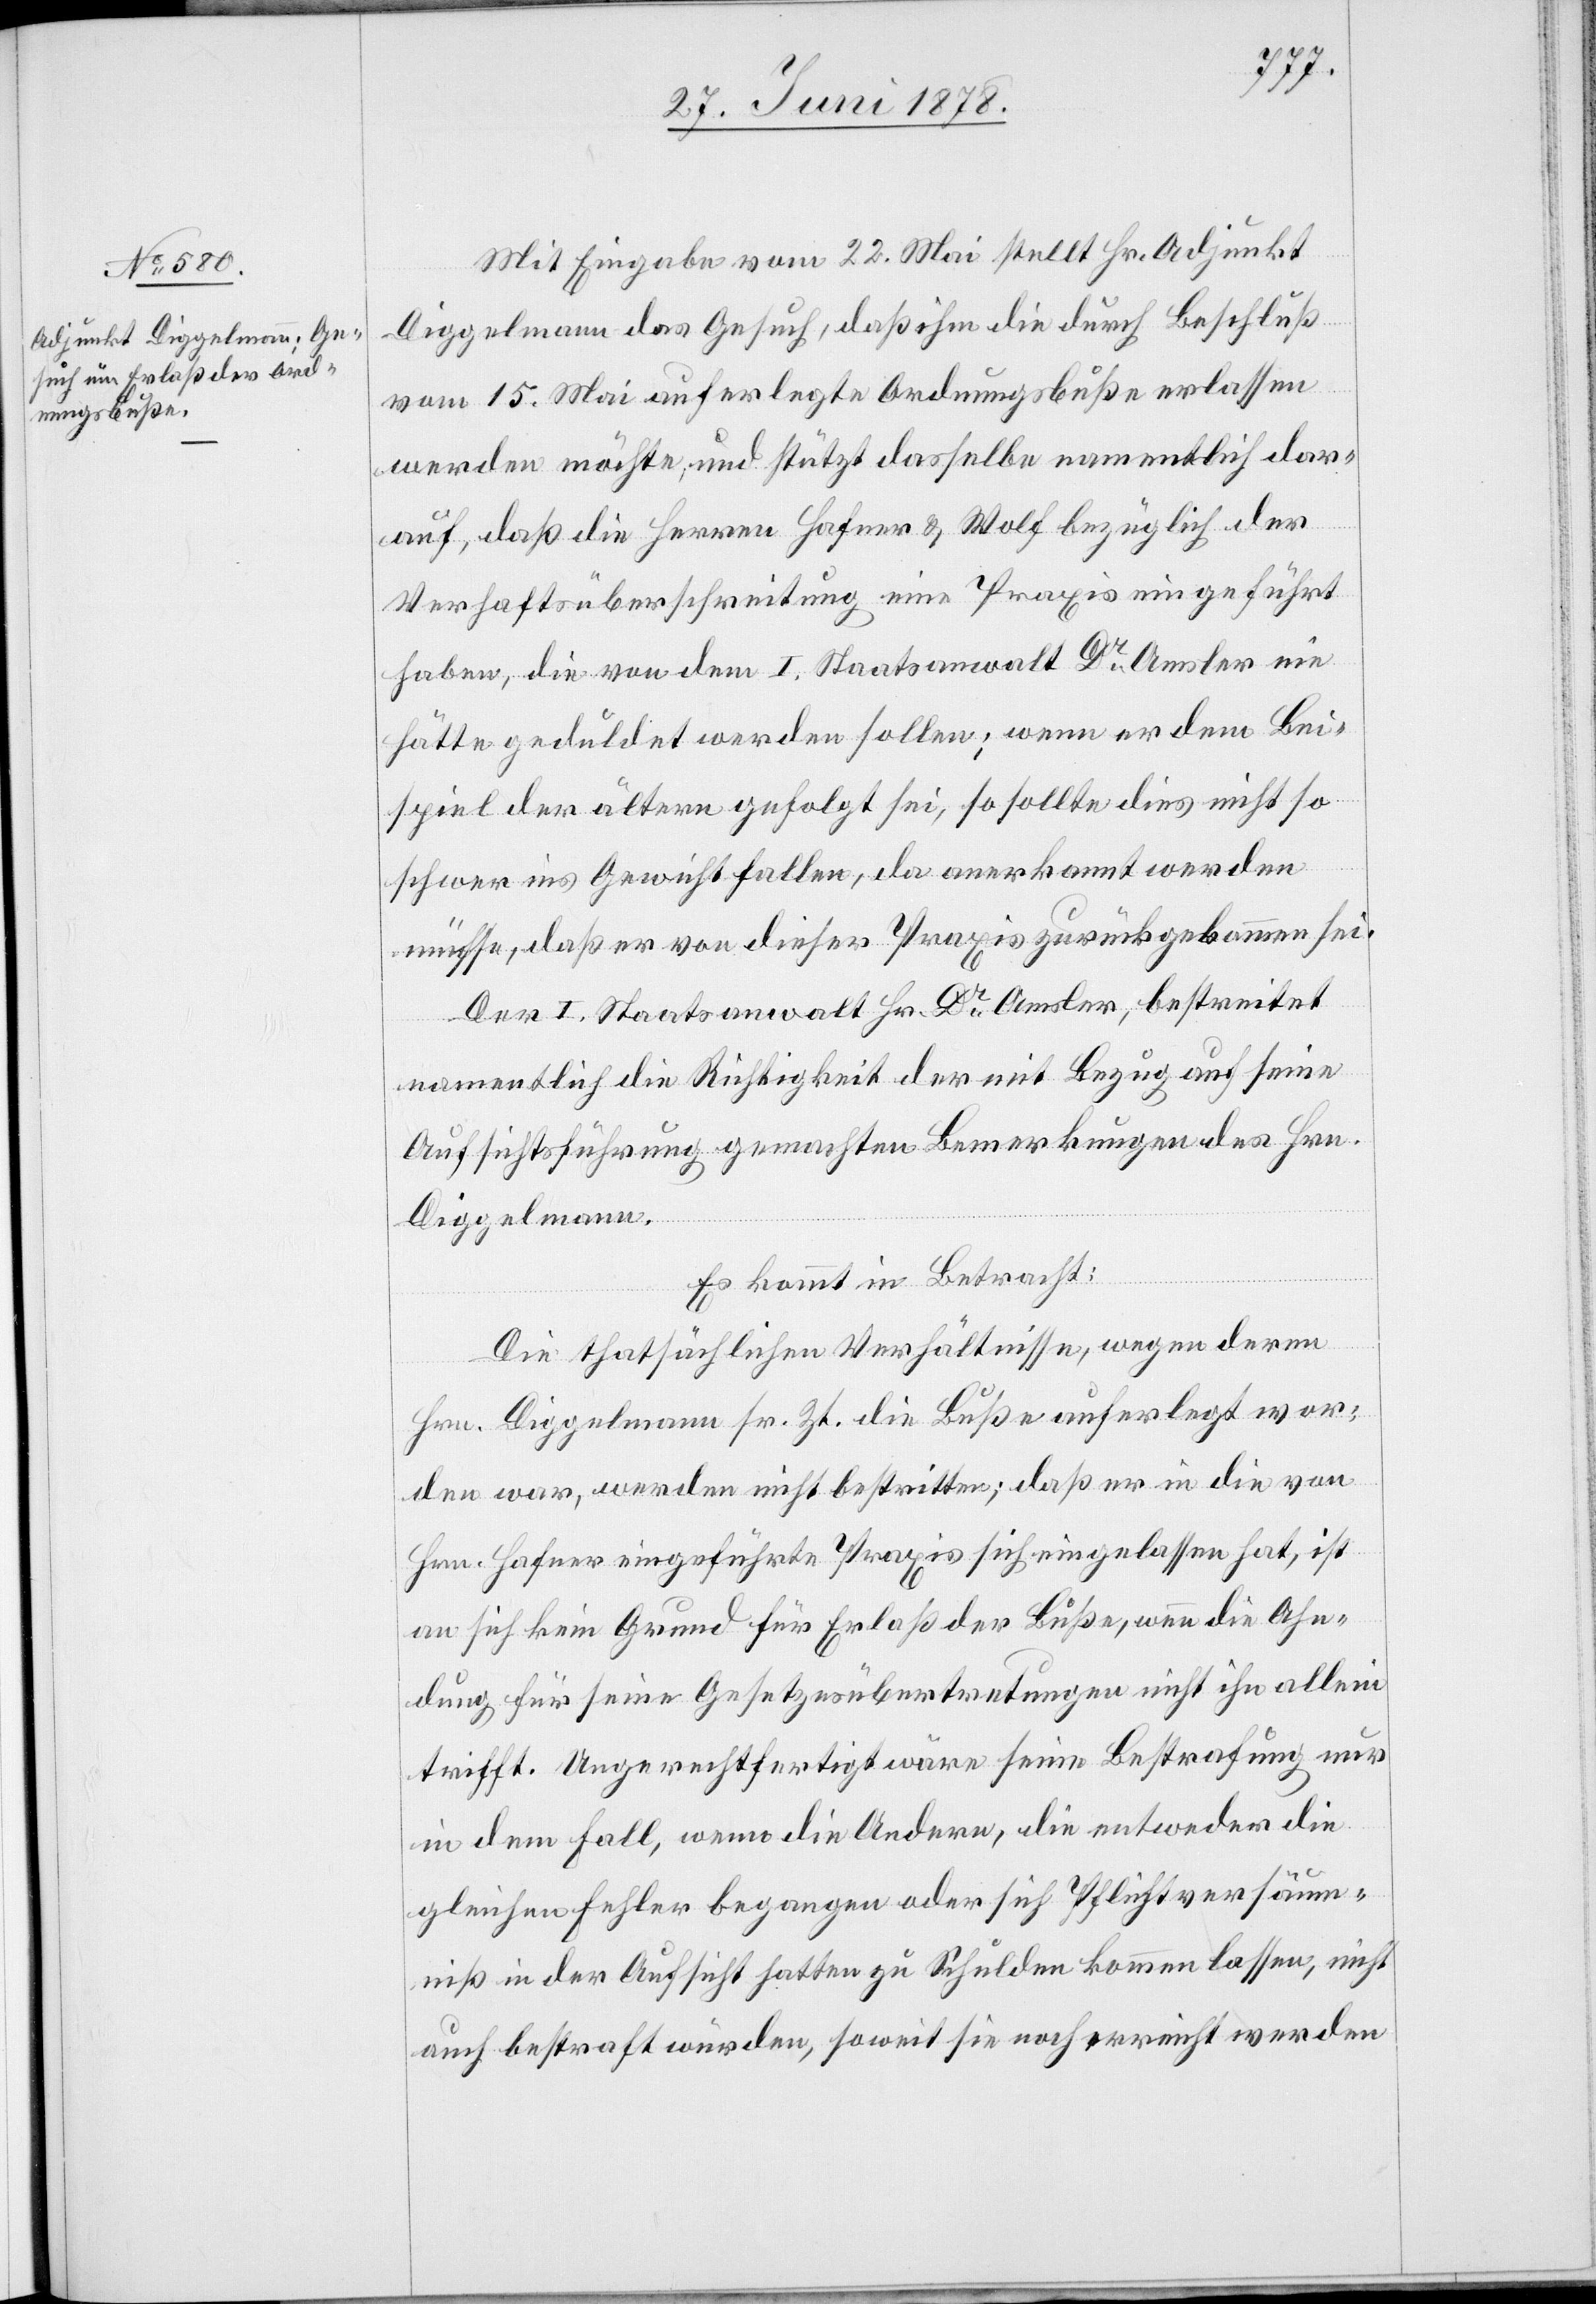
Mit Eingabe vom 22. Mai stellt Hr. Adjunkt
Diggelmann das Gesuch, daß ihm die durch Beschluß
vom 15. Mai auferlegte Ordnungsbuße erlassen
werden möchte, und stützt dasselbe namentlich dar¬
auf, daß die Herren Hafner & Wolf bezüglich der
Verhaftsüberschreitung eine Praxis eingeführt
haben, die von dem I. Staatsanwalt Dr Amsler nie
hätte geduldet werden sollen; wenn er dem Bei¬
spiel der ältern gefolgt sei, so sollte dies nicht so
schwer ins Gewicht fallen, da anerkannt werden
müsse, daß er von dieser Praxis zurückgekommen sei.
Der I. Staatsanwalt Hr. Dr Amsler, bestreitet
namentlich die Richtigkeit der mit Bezug auf seine
Aufsichtsführung gemachten Bemerkungen des Hrn.
Diggelmann.
Es kommt in Betracht:
Die thatsächlichen Verhältnisse, wegen deren
Hrn. Diggelmann sr. Zt. die Buße auferlegt wor¬
den war, werden nicht bestritten; daß er in die von
Hrn. Hafner eingeführte Praxis sich eingelassen hat, ist
an sich kein Grund für Erlaß der Buße, wenn die Ahn¬
dung für seine Gesetzesübertretungen nicht ihn allein
trifft. Ungerechtfertigt wäre seine Bestrafung nur
in dem Fall, wenn die Andern, die entweder die
gleichen Fehler begangen oder sich Pflichtversäum¬
niß in der Aufsicht hatten zu Schulden kommen lassen, nicht
auch bestraft würden, soweit sie noch erreicht werden